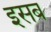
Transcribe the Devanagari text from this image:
इसब